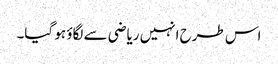
اس طرح انہیں ریاضی سے لگاؤ ہو گیا۔